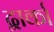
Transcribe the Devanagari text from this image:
द्वार्का